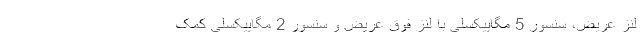
لنز عریض، سنسور 5 مگاپیکسلی با لنز فوق عریض و سنسور 2 مگاپیکسلی کمک